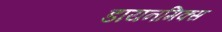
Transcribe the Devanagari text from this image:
डायनमिक्स